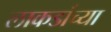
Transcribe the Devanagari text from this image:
लाकडांच्या